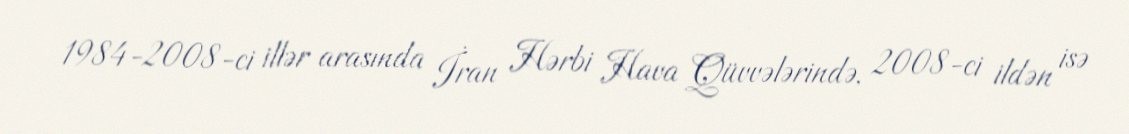
1984-2008-ci illər arasında İran Hərbi Hava Qüvvələrində, 2008-ci ildən isə